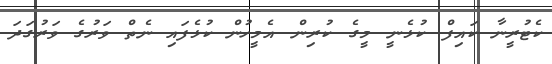
ކެޓުރީނާ ކައިފް ކުޅެނީ މީގެ ކުރިން އެމީހުން ކުޅެފައި ނެތް ވަރުގެ ވަރުގަދަ